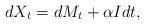
LaTeX: \begin{align*}dX_t=dM_t+\alpha { I dt} , \end{align*}